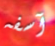
آسفه